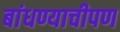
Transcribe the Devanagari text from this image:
बांधण्याचीपण